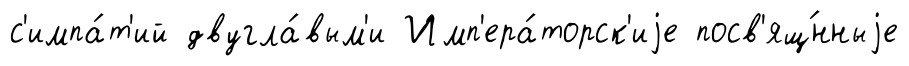
с'импа́т'ий двугла́вым'и Имп'ера́торск'иjе посв'ящ́нныjе